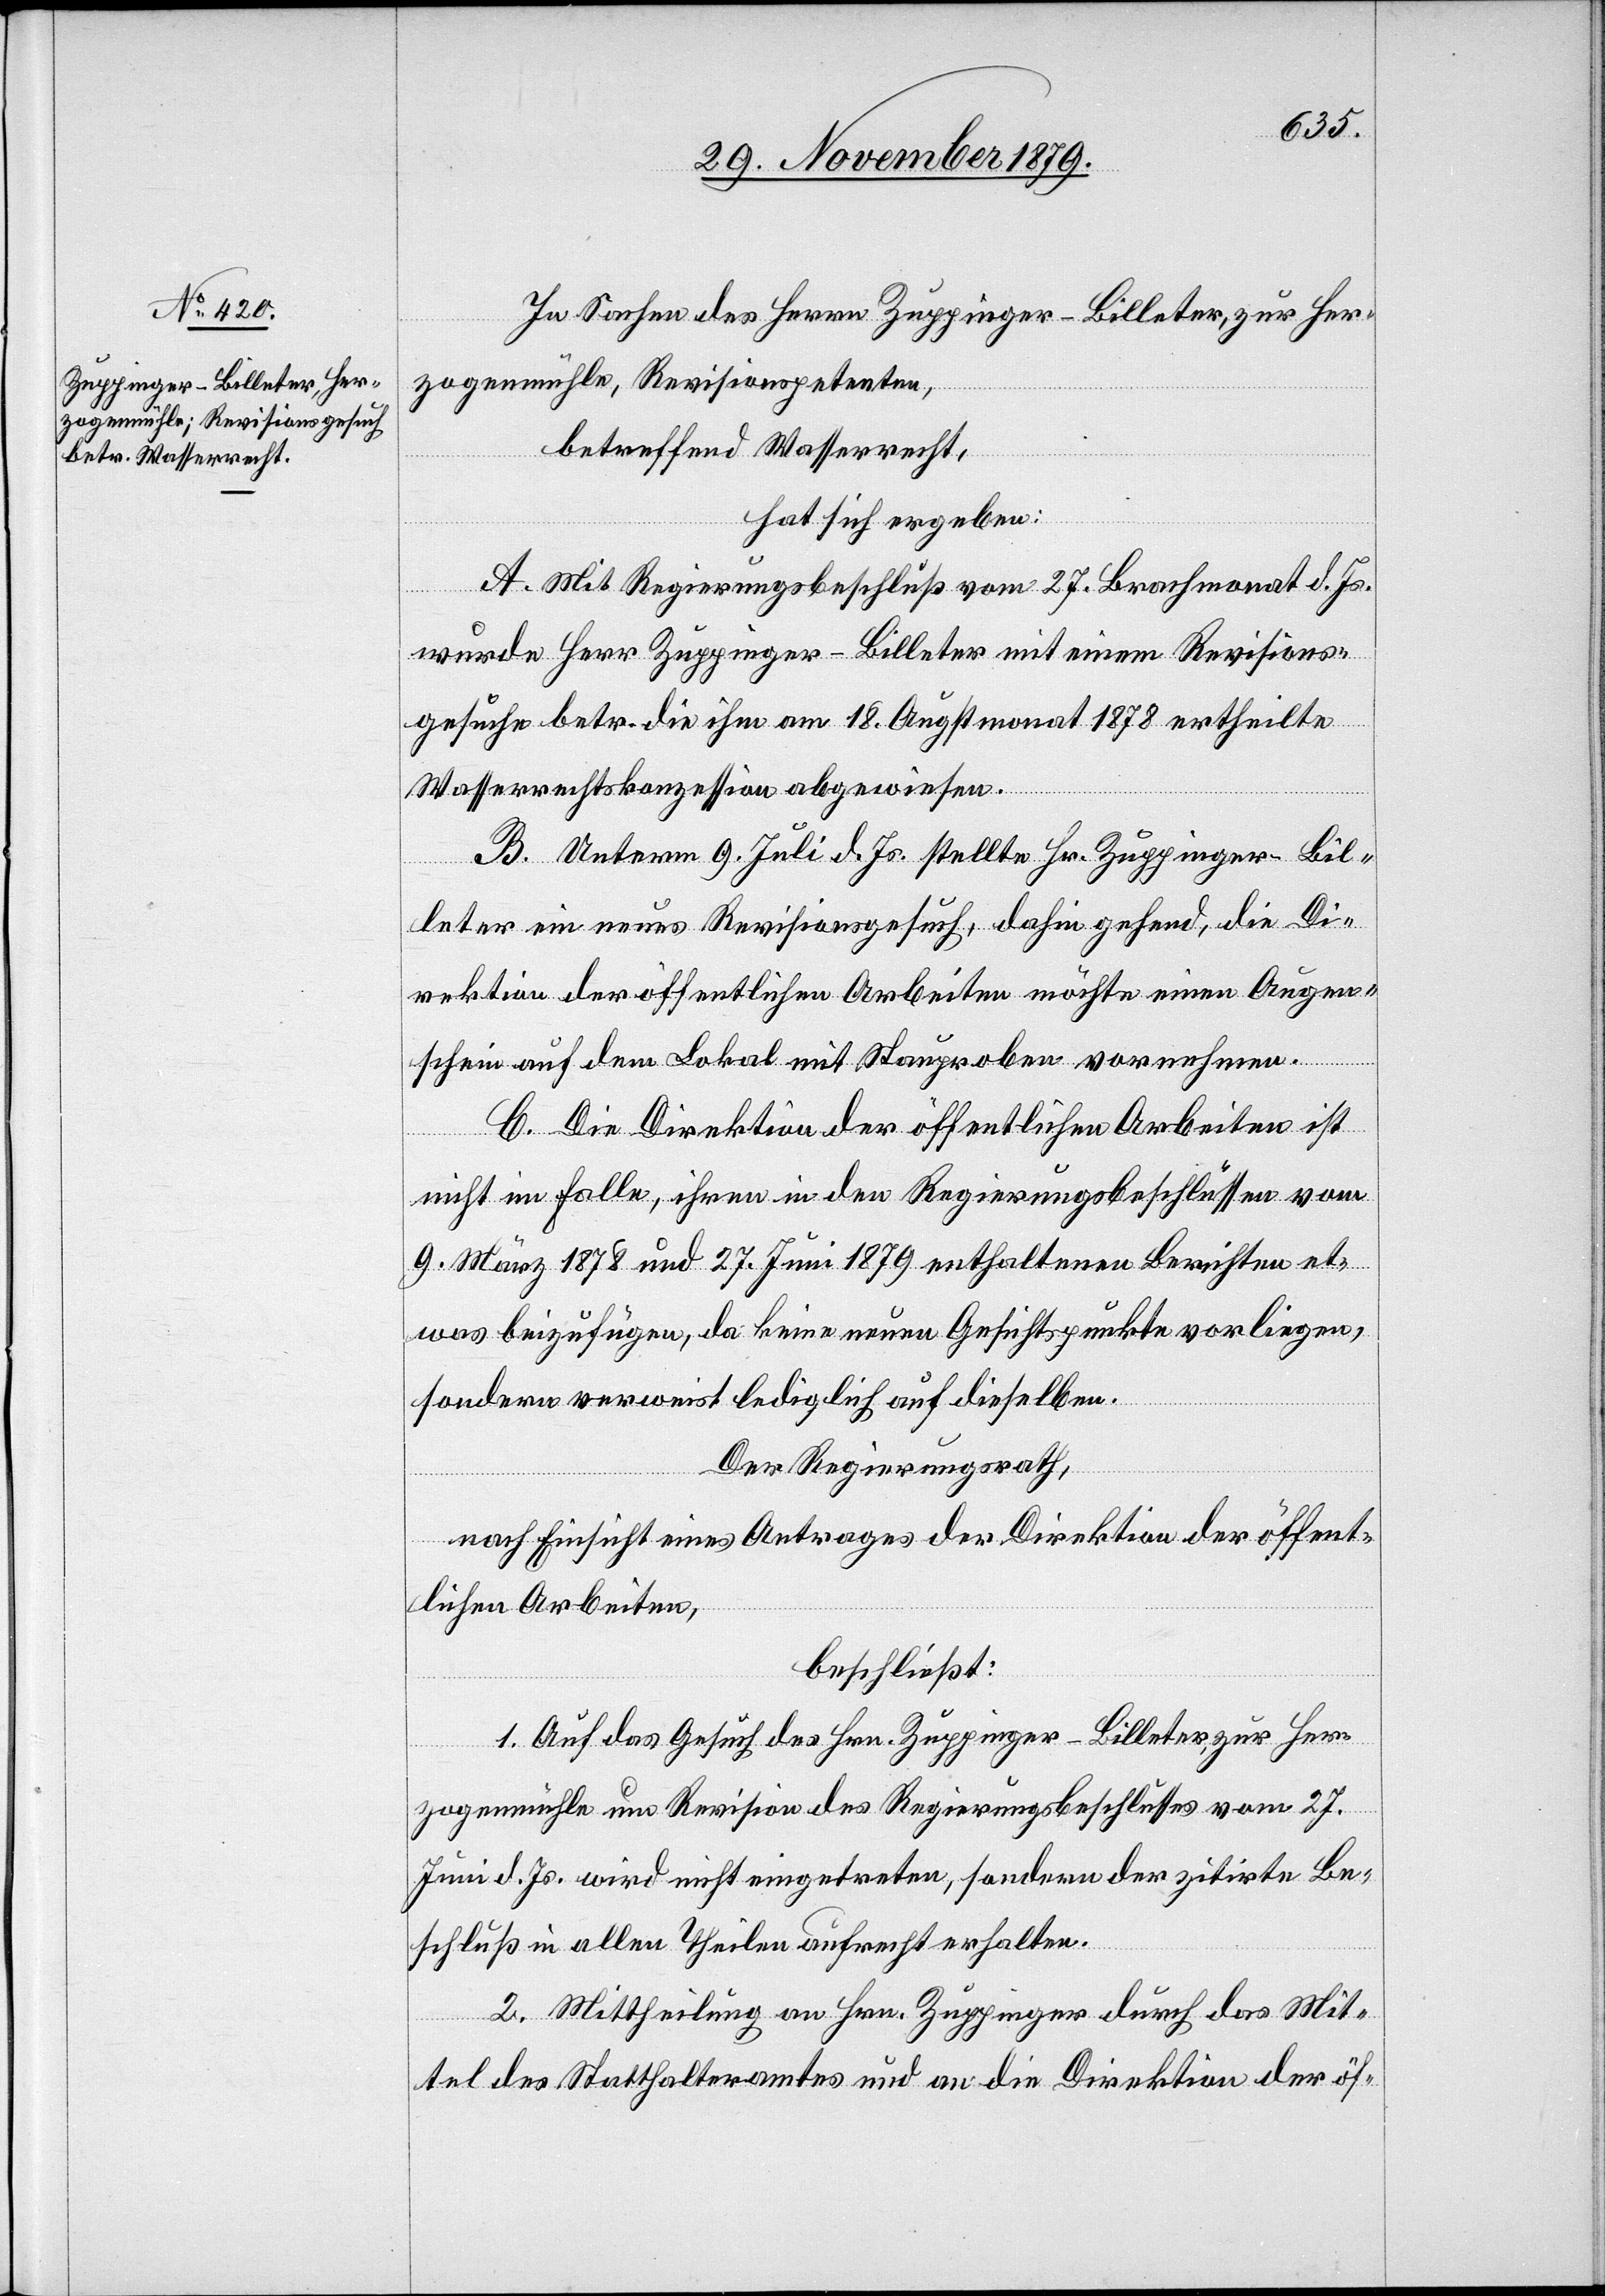
In Sachen des Herrn Zuppinger-Billeter, zur Her¬
zogenmühle, Revisionspetenten,
betreffend Wasserrecht,
hat sich ergeben:
A. Mit Regierungsbeschluß vom 27. Brachmonat d. Js.
wurde Herr Zuppinger-Billeter mit einem Revisions¬
gesuche betr. die ihm am 19. Augstmonat 1878 ertheilte
Wasserrechtskonzession abgewiesen.
B. Unterm 9. Juli d. Js. stellte Hr. Zuppinger-Bil¬
leter ein neues Revisionsgesuch, dahin gehend, die Di¬
rektion der öffentlichen Arbeiten möchte einen Augen¬
schein auf dem Lokal mit Staubproben vornehmen.
C. Die Direktion der öffentlichen Arbeiten ist
nicht im Falle, ihren in den Regierungsbeschlüssen vom
9. März 1878 und 27. Juni 1879 enthaltenen Berichten et¬
was beizufügen, da keine neuen Gesichtspunkte vorliegen,
sondern verweist lediglich auf dieselben.
Der Regierungsrath,
nach Einsicht eines Antrages der Direktion der öffent¬
lichen Arbeiten,
beschließt:
1. Auf das Gesuch des Hrn. Zuppinger-Billeter, zur Her¬
zogenmühle um Revision des Regierungsbeschlusses vom 27.
Juni d. Js. wird nicht eingetreten, sondern der zitirte Be¬
schluß in allen Theilen aufrecht erhalten.
2. Mittheilung an Hrn. Zuppinger durch das Mit¬
tel des Statthalteramtes und an die Direktion der öf-